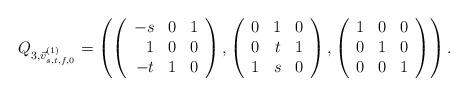
LaTeX: \begin{align*}Q_{3,\vec{v}_{s,t,f,0}^{(1)} }= \left(\left(\begin{array}{rrr}-s & 0 & 1 \\1 & 0 & 0 \\-t & 1 & 0\end{array}\right), \left(\begin{array}{rrr}0 & 1 & 0 \\0 & t & 1 \\1 & s & 0\end{array}\right), \left(\begin{array}{rrr}1 & 0 & 0 \\0 & 1 & 0 \\0 & 0 & 1\end{array}\right)\right).\end{align*}